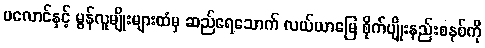
ပလောင်နှင့် မွန်လူမျိုးများထံမှ ဆည်ရေသောက် လယ်ယာမြေ စိုက်ပျိုးနည်းစနစ်ကို